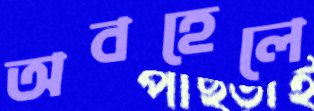
অবহেলে